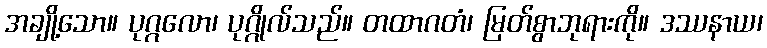
အချို့သော။ ပုဂ္ဂလော၊ ပုဂ္ဂိုလ်သည်။ တထာဂတံ၊ မြတ်စွာဘုရားကို။ ဒဿနာယ၊